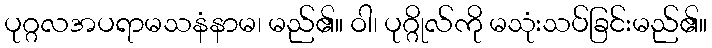
ပုဂ္ဂလအပရာမသနံနာမ၊ မည်၏။ ဝါ၊ ပုဂ္ဂိုလ်ကို မသုံးသပ်ခြင်းမည်၏။